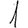
Digit: 1